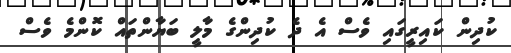
ކުދިން ކައިރީގައި ވެސް އެ ދެ ކުދިންގެ މާލީ ބަޔާންތައް ކޮންމެ ވެސް